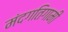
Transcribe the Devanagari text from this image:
मंदगतिगामी